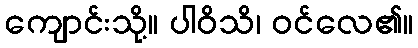
ကျောင်းသို့။ ပါဝိသိ၊ ဝင်လေ၏။